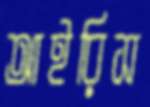
আইরিস